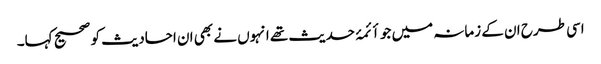
اسی طرح ان کے زمانہ میں جو أئمۂ حدیث تھے انہوں نے بھی ان احادیث کو صحیح کہا۔